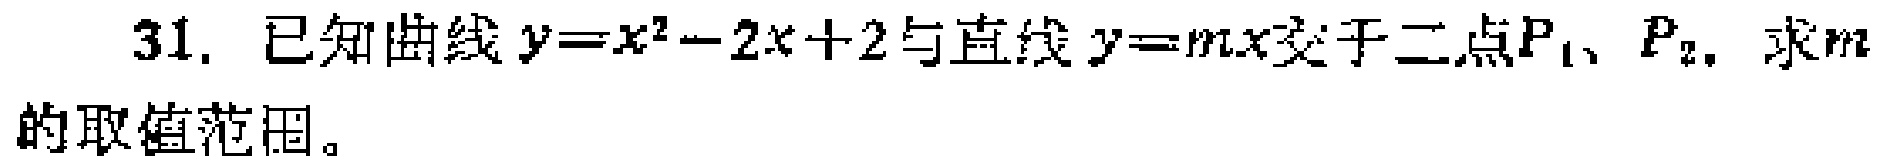
31. 已知曲线\(y = x^{2}-2x + 2\)与直线\(y = mx\)交于二点\(P_{1}\)、\(P_{2}\)，求\(m\)的取值范围。